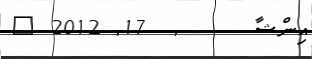
އިންޝާ